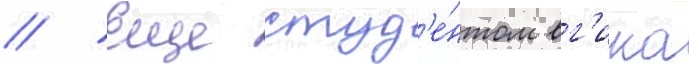
// Еще студ'е́нтом вг'ика